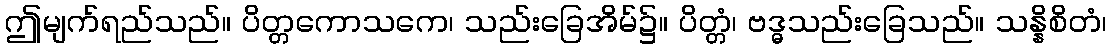
ဤမျက်ရည်သည်။ ပိတ္တကောသကေ၊ သည်းခြေအိမ်၌။ ပိတ္တံ၊ ဗဒ္ဓသည်းခြေသည်။ သန္နိစိတံ၊